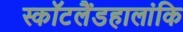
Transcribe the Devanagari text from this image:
स्कॉटलैंडहालांकि